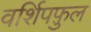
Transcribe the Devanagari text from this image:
वर्शिपफ़ुल